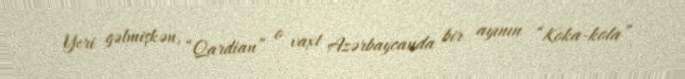
Yeri gəlmişkən, “Qardian” o vaxt Azərbaycanda bir ayının “Koka-kola”